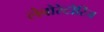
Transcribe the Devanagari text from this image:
लेबोरेटोरिज